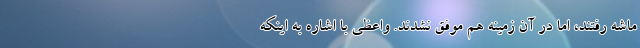
ماشه رفتند، اما در آن زمینه هم موفق نشدند. واعظی با اشاره به اینکه